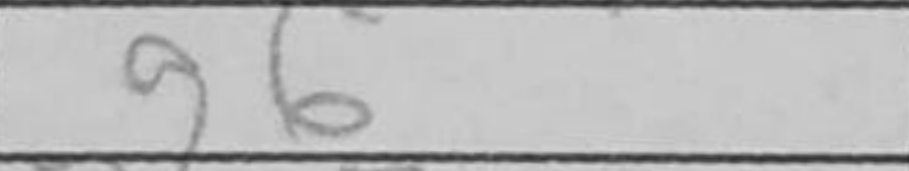
Transcription: g6